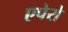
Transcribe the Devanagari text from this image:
एपेरो